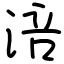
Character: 涪